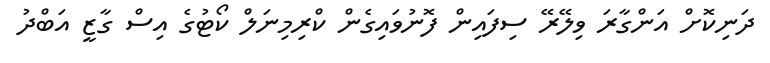
ދަނިކޮށް އަންގާރަ ވިލޭރޭ ސިފައިން ފޮނުވައިގެން ކްރިމިނަލް ކޯޓުގެ އިސް ގާޒީ އަބްދު